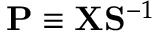
{ \bf P } \equiv { \bf X } { \bf S } ^ { - 1 }